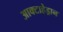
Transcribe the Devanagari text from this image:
आक्टाहेड्रान